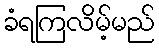
ခံရကြလိမ့်မည်